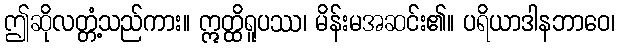
ဤဆိုလတ္တံ့သည်ကား။ ဣတ္ထိရူပဿ၊ မိန်းမအဆင်း၏။ ပရိယာဒါနဘာဝေ၊